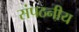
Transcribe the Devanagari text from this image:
संपठनीय